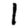
Digit: 1